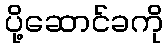
ပို့ဆောင်ခကို